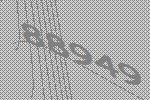
88949